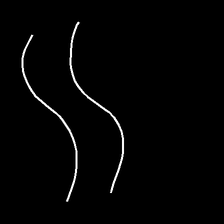
Glyph: float